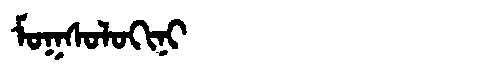
Manchu: ᠮᠣᡴᠰᠣᠯᠣᡴᡳᠨᡳ
Romanization: MOKSOLOKINI